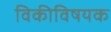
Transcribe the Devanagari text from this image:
विकीविषयक